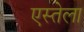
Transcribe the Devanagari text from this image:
एस्तेला